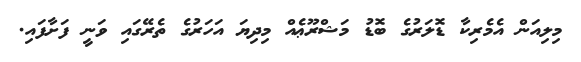
މިލިއަން އެމެރިކާ ޑޮލަރުގެ ބޮޑު މަޝްރޫޢެއް މިދިޔަ އަހަރުގެ ތެރޭގައި ވަނީ ފަށާފައި.